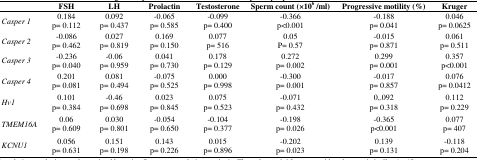
|  | FSH | LH | Prolactin | Testosterone | Sperm count (×106 /ml) | Progressive motility (%) | Kruger |
 | --- | --- | --- | --- | --- | --- | --- | --- |
 | Casper 1 | 0.184p= 0.112 | 0.092p= 0.437 | -0.065p= 0.585 | -0.099p= 0.400 | -0.366p<0.001 | -0.188p= 0.041 | 0.046p= 0.0625 |
 | Casper 2 | -0.086p= 0.462 | 0.027p= 0.819 | 0.169p= 0.150 | 0.077p= 516 | 0.05P= 0.57 | -0.015p= 0.871 | 0.061p= 0.511 |
 | Casper 3 | -0.236p= 0.040 | -0.06p= 0.959 | 0.041p= 0.730 | 0.178p= 0.129 | 0.272p= 0.002 | 0.299p= 0.001 | 0.357p<0.001 |
 | Casper 4 | 0.201p= 0.081 | 0.081p= 0.494 | -0.075p= 0.525 | 0.000p= 0.998 | -0.300p= 0.001 | -0.017p= 0.857 | 0.076p= 0.0412 |
 | Hv1 | 0.101p= 0.384 | -0.46p= 0.698 | 0.023p= 0.845 | 0.075p= 0.523 | -0.071p= 0.432 | 0,.092p= 0.318 | 0.112p= 0.229 |
 | TMEM16A | 0.06p= 0.609 | 0.030p= 0.801 | -0.054p= 0.650 | -0.104p= 0.377 | -0.198p= 0.026 | -0.365p<0.001 | 0.077p= 407 |
 | KCNU1 | 0.056p= 0.631 | 0.151p= 0.198 | 0.143p= 0.226 | 0.015p= 0.896 | -0.202p= 0.023 | 0.139p= 0.131 | -0.118p= 0.204 |